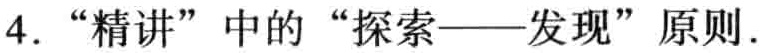
4. “精讲”中的“探索——发现”原则.